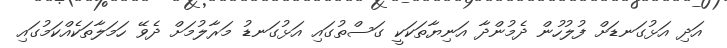
އަދި އަޅުގަނޑަށް ފުލުހުން ދެމުންދާ އަނިޔާތަކަކީ ގަސްތުގައި އަޅުގަނޑު މަރާލުމަށް ދެވޭ ހަމަލާތަކެއްކަމުގައި